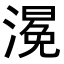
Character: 𭲀